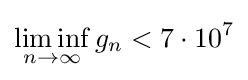
\liminf _{n\to \infty }g_{n}<7\cdot 10^{7}